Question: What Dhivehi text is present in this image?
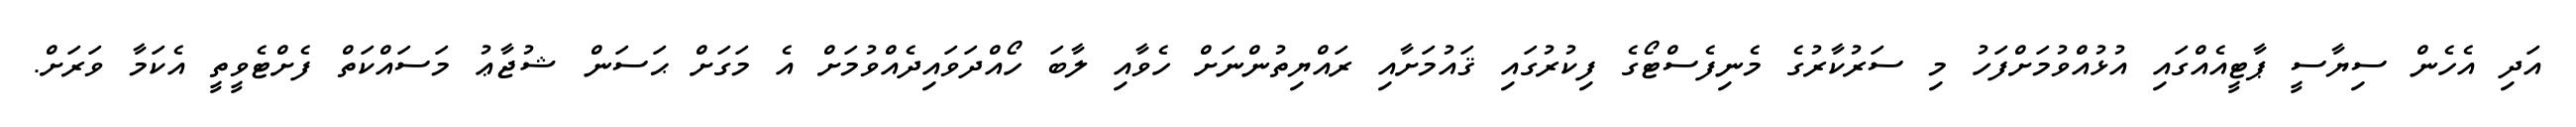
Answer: އަދި އެހެން ސިޔާސީ ޕާޓީއެއްގައި އުޅުއްވުމަށްފަހު މި ސަރުކާރުގެ މެނިފެސްޓޯގެ ފިކުރުގައި ޤައުމަށާއި ރައްޔިތުންނަށް ހެވާއި ލާބަ ހޯއްދަވައިދެއްވުމަށް އެ މަގަށް ޙަސަން ޝުޖާޢު މަސައްކަތް ފެށްޓެވީތީ އެކަމާ ވަރަށް.